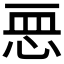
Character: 𢙂